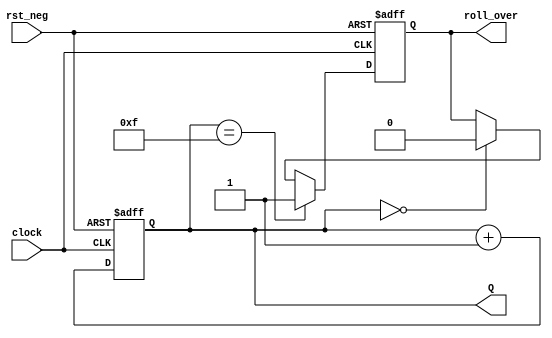
module counter_modk (clock, rst_neg, Q, roll_over);
  parameter n = 4;
  parameter k = 16;

  input clock, rst_neg;
  output [n-1:0] Q;
  reg [n-1:0] Q;
  output reg roll_over;

  always @(posedge clock or negedge rst_neg)
  begin
    if (~rst_neg)  begin
      Q <= 'd0;
      roll_over <= 'd0;
	 end
    else begin
      Q <= Q + 1'b1;
      if (Q == k - 1) begin
        roll_over <= 'd1;
      end else if (Q == k) begin
        Q <= 'd0;
        roll_over <= 'd0;
      end else if (Q == 'd0) begin
		    roll_over <= 'd0;
		  end
    end
  end
endmodule